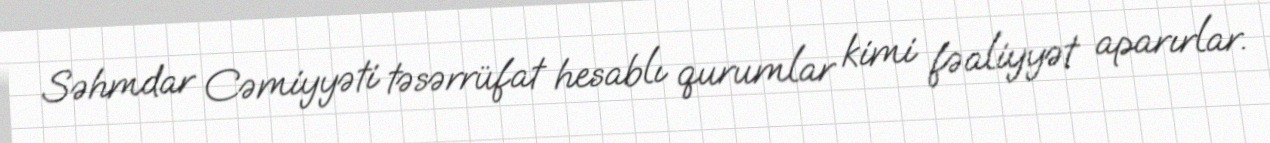
Səhmdar Cəmiyyəti təsərrüfat hesablı qurumlar kimi fəaliyyət aparırlar.